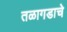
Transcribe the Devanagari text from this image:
तळागडाचे